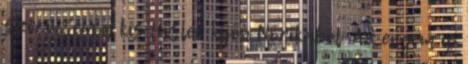
szerintem a kis Hitler kijön Nórikából. Az engem is